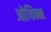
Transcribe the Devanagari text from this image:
ओथिन्न